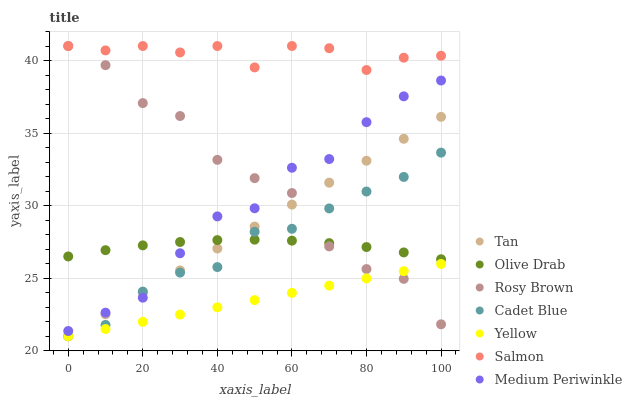
| xaxis_label | Tan | Olive Drab | Rosy Brown | Cadet Blue | Yellow | Salmon | Medium Periwinkle |
 | --- | --- | --- | --- | --- | --- | --- | --- |
 | 0 | 21 | 26.5 | 41 | 21 | 21 | 41 | 21.4 |
 | 10 | 22.5 | 26.9 | 39.7 | 21.8 | 21.5 | 40.7 | 22.6 |
 | 20 | 24 | 27.3 | 37.1 | 24.1 | 22 | 41 | 23.7 |
 | 30 | 25.5 | 27.5 | 36.2 | 25.4 | 22.5 | 40.6 | 26.7 |
 | 40 | 27 | 27.6 | 33.2 | 25.8 | 23 | 41 | 29.3 |
 | 50 | 28.6 | 27.7 | 31.9 | 28.2 | 23.5 | 39.5 | 29.8 |
 | 60 | 30.1 | 27.6 | 30.9 | 28.4 | 24 | 41 | 32.6 |
 | 70 | 31.6 | 27.4 | 27.2 | 29.8 | 24.5 | 40.8 | 33.2 |
 | 80 | 33.1 | 27.1 | 25.6 | 31 | 25 | 39.3 | 35.8 |
 | 90 | 34.6 | 26.8 | 25 | 32 | 25.5 | 40.2 | 37.5 |
 | 100 | 36.1 | 26.3 | 21.8 | 33.7 | 26 | 40.3 | 38.6 |